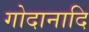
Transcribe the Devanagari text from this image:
गोदानादि